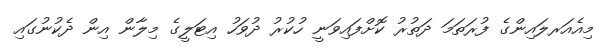
މިއެއަރލައިންގެ ފުރަތަމަ ދަތުރު ކޮށްފައިވަނީ ހުކުރު ދުވަހު އިޓަލީގެ މިލާން އިން ދެކުނުގައި